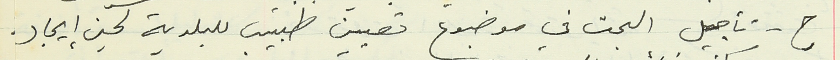
ح - تأجيل البحث في موضوع تعيين طبيب للبلدية لحين إيجاد.